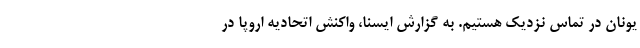
یونان در تماس نزدیک هستیم. به گزارش ایسنا، واکنش اتحادیه اروپا در